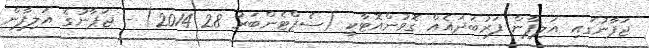
ޖަޕާނުގައި އަލިފާން ފަރުބަދައެއް ގޮވުންއޮޓާކީ (ސެޕްޓެންބަރު 28 2014) - ޖަޕާނުގެ އަލިފާން